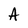
Character: A